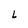
Character: L